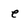
Character: e